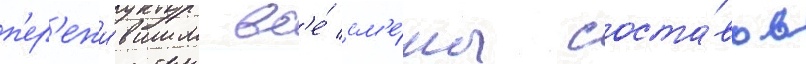
п'ер'ежи́вшим вс'е́ см'е́ны соста́вов